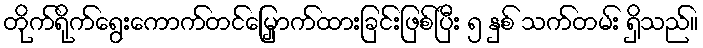
တိုက်ရိုက်ရွေးကောက်တင်မြှောက်ထားခြင်းဖြစ်ပြီး ၅ နှစ် သက်တမ်း ရှိသည်။